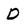
Character: D